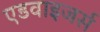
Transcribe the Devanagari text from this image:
एडवाइजर्स